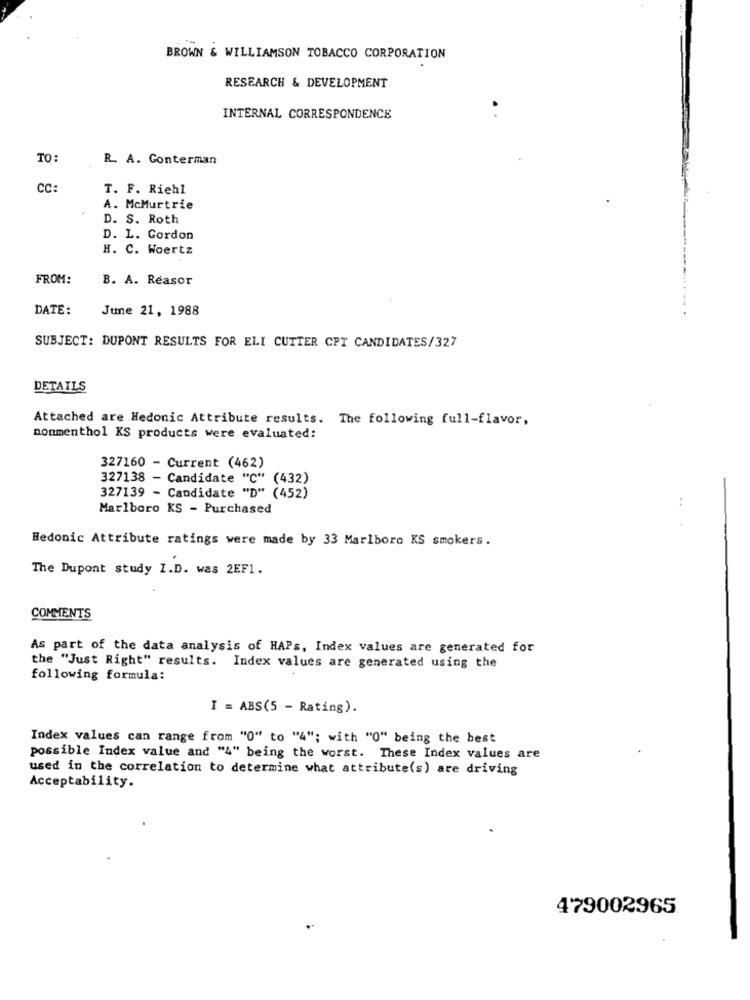
BROWN & WILLIAMSON TOBACCO CORPORATION
RESEARCH & DEVELOPMENT
INTERNAL CORRESPONDENCE
TO:
R. A. Conterman
CC:
T. F. Riehl
A. McMurtrie
D. S. Roth
D. L. Gordon
H. C. Woertz
FROM:
B. A. Reasor
DATE:
June 21, 1988
SUBJECT: DUPONT RESULTS FOR ELI CUTTER CPT CANDIDATES/327
DETAILS
Attached are Hedonic Attribute results. The following full-flavor,
nonmenthol KS products were evaluated:
327160 - Current (462)
327138 - Candidate "C" (432)
327139 - Candidate "D" (452)
Marlboro KS - Purchased
Hedonic Attribute ratings were made by 33 Marlboro KS smokers.
The Dupont study I.D. was 2EF1.
COMMENTS
As part of the data analysis of HAPs, Index values are generated for
the "Just Right" results. Index values are generated using the
following formula:
I = ABS(5 - Rating).
Index values can range from "0" to "4"; with "0" being the best
possible Index value and "4" being the worst. These Index values are
used in the correlation to determine what attribute(s) are driving
Acceptability.
479002965